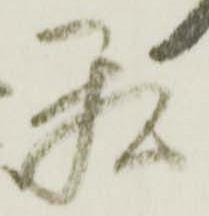
私